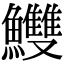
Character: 𩽧